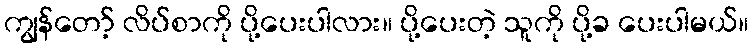
ကျွန်တော့် လိပ်စာကို ပို့ပေးပါလား။ ပို့ပေးတဲ့ သူကို ပို့ခ ပေးပါမယ်။